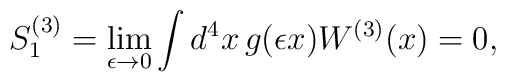
S^{(3)}_1=\lim_{\epsilon\to 0}\int d^4x\,g(\epsilon x)W^{(3)}(x)=0,